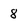
Character: 8